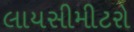
લાયસીમીટરો